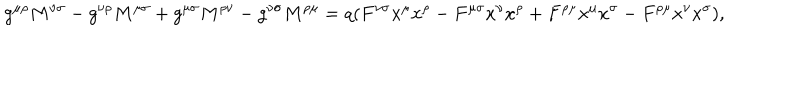
g ^ { \mu \rho } M ^ { \nu \sigma } - g ^ { \nu \rho } M ^ { \mu \sigma } + g ^ { \mu \sigma } M ^ { \rho \nu } - g ^ { \nu \sigma } M ^ { \rho \mu } = q ( F ^ { \nu \sigma } x ^ { \mu } x ^ { \rho } - F ^ { \mu \sigma } x ^ { \upsilon } x ^ { \rho } + F ^ { \rho \mu } x ^ { \mu } x ^ { \sigma } - F ^ { \rho \mu } x ^ { \nu } x ^ { \sigma } ) ,